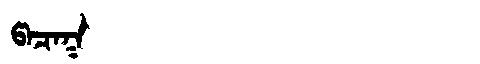
Manchu: ᡦᠠᠴᠠᡴ
Romanization: PACAK